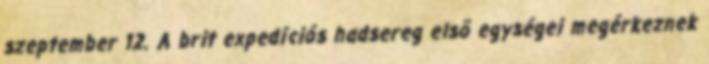
szeptember 12. A brit expedíciós hadsereg elsõ egységei megérkeznek